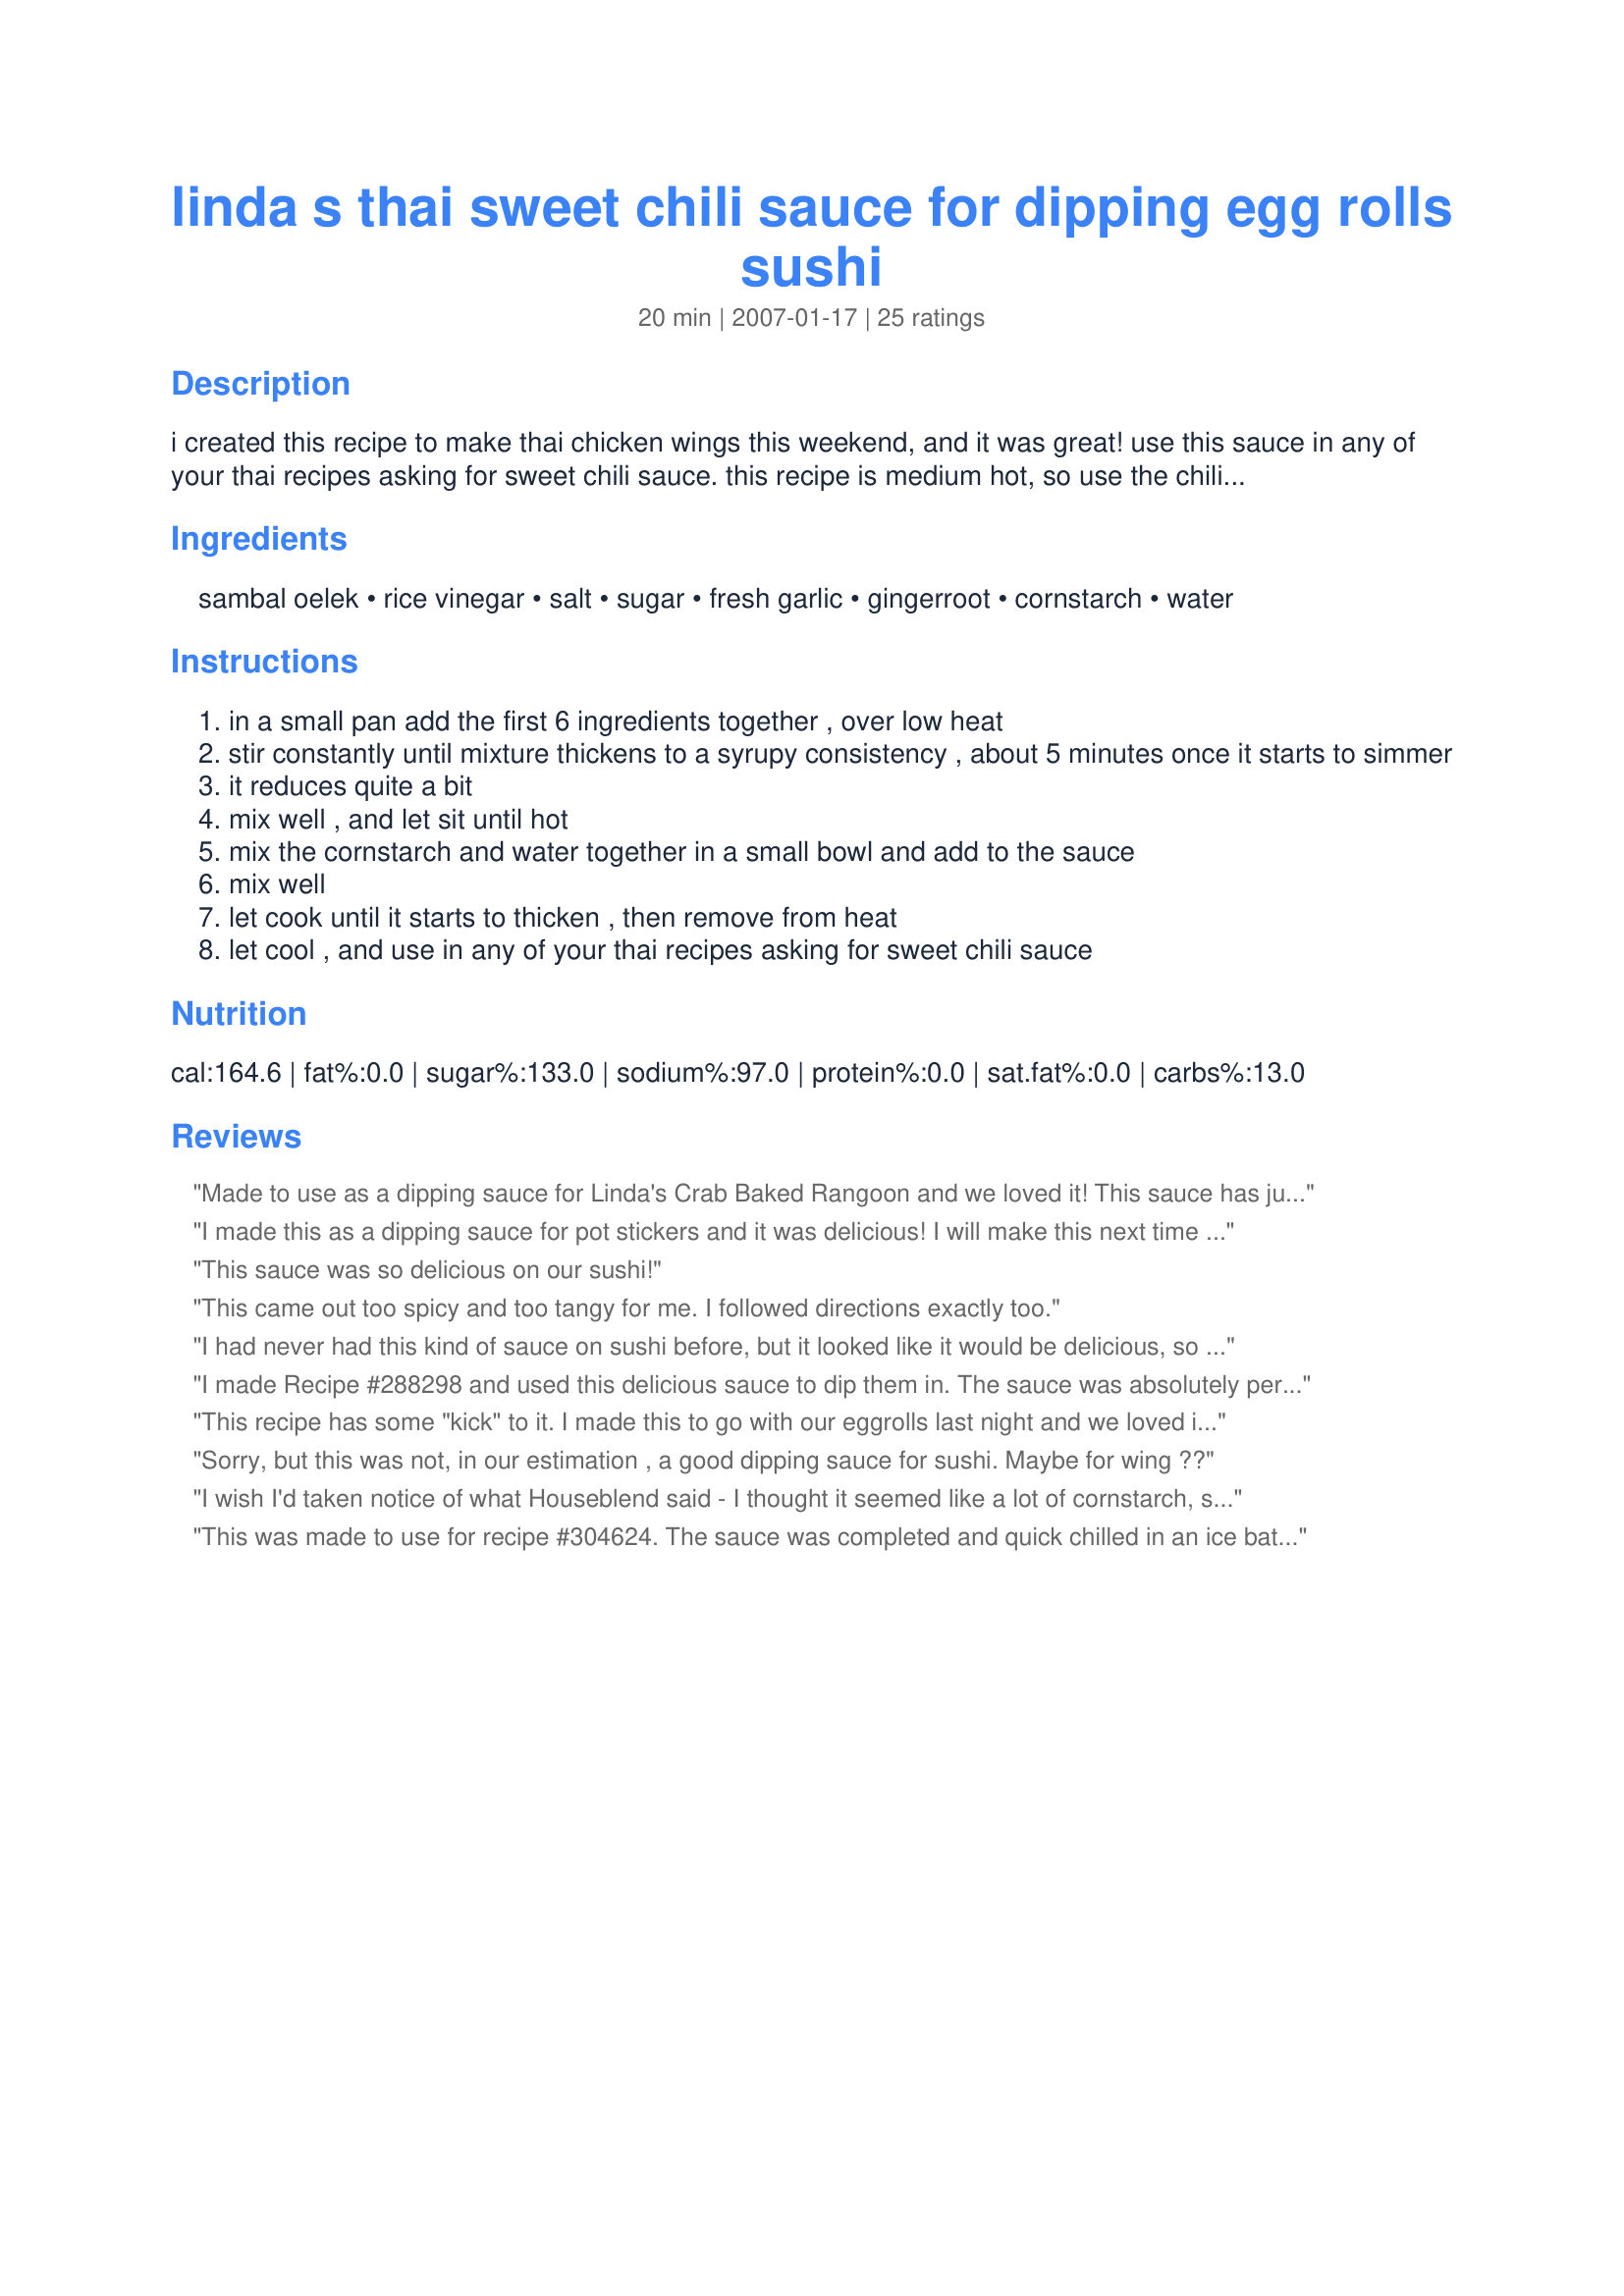
linda s thai sweet chili sauce for dipping egg rolls sushi
Preparation time: 20 minutes

i created this recipe to make thai chicken wings this weekend, and it was great! use this sauce in any of your thai recipes asking for sweet chili sauce. this recipe is medium hot, so use the chilis according to your taste! i also use it on my sushi, egg rolls, and spring rolls, and it is incredible!

Ingredients:
sambal oelek, rice vinegar, salt, sugar, fresh garlic, gingerroot, cornstarch, water

Steps:
in a small pan add the first 6 ingredients together , over low heat
stir constantly until mixture thickens to a syrupy consistency , about 5 minutes once it starts to simmer
it reduces quite a bit
mix well , and let sit until hot
mix the cornstarch and water together in a small bowl and add to the sauce
mix well
let cook until it starts to thicken , then remove from heat
let cool , and use in any of your thai recipes asking for sweet chili sauce

Reviews:
Made to use as a dipping sauce for Linda's Crab Baked Rangoon and we loved it! This sauce has just the right amount of sweet and hot. Such good flavor I think I'm addicted already! I can see using this for lots of things, including a lot of my Chinese and Thai dishes. Excellent! Thank you for this recipe too Linda!
I made this as a dipping sauce for pot stickers and it was delicious! I will make this next time I make wantons and egg rolls. Thanks for sharing!!
This sauce was so delicious on our sushi!
This came out too spicy and too tangy for me. I followed directions exactly too.
I had never had this kind of sauce on sushi before, but it looked like it would be delicious, so I made us up a batch. We loved it! I only used 1 tablespoon of the sambal to suit our tastebuds, but other than that made it the same. I can only imagine how good this would be with Thai or Chinese appetizers. Need I say yum!
I made Recipe #288298 and used this delicious sauce to dip them in. The sauce was absolutely perfect for the shrimp and really tasted great together! I can see using this sauce for all kinds of dishes to enhance the flavor, especially seafood dishes, chicken and pork. Amazing all around Thai sauce!
This recipe has some "kick" to it. I made this to go with our eggrolls last night and we loved it. Its a nice change from the usual sweet and sour. Thank you for sharing with us.
Sorry, but this was not, in our estimation , a good dipping sauce for sushi. Maybe for wing ??
I wish I'd taken notice of what Houseblend said - I thought it seemed like a lot of cornstarch, should have trusted my instinct! It was so thick that it would have been inedible. It was also far too vinegary. I added water and more sugar, and then cooked the taste of the cornstarch out until the sauce was clear - which took about 20 minutes. I've eventually ended up with an ok sauce, but i think i may work out my own recipe next time!
This was made to use for recipe #304624. The sauce was completed and quick chilled in an ice bath. It was perfect. Thanks so much for posting.
Thanks for all these great sushi making recipes Linda. This sweet hot sauce was perfect for our rolls to dip them in. Great taste that we loved!
Excellent sauce. I used it for chicken wings and it was awesome! I cut back a little on the sambal oblek and it was a perfect blend of flavors that we enjoyed very much. I can't wait to try it on sushi!
Amazinnnggggggggggg loved it my daughter graciella loved it ! so good! yummy in my tummy! mhmmmm cant stop wont stop so delicious ;) ;*
I made some Thai Egg Rolls the other night for a snack and was looking for something good to dip them in. I came across this and decided to try it. I am SO glad I did! Delicious sauce flavored with both spice and sweet. Love the combination of both! I can see this sauce being used for many things, and I am going to try it on my sushi next! By the way, your tutorial on sushi making is excellent Linda. I have used it several times now and the end results are great! I have enough sauce left over from making this, so sushi here I come! I bet it will be really good on those tempura shrimp and crab sushi.
Whipped up some of this sauce to go with Recipe #114852. I wanted a couple of different sauces to have with the chicken rolls. Excellent flavors of both sweet and spicy with this sauce! A nice contrast to the other sauce I used. I will use this often in my Thai, Chinese and Japanese recipes, as it's such a nice balance of flavors. A new favorite right here!
I made this along with Mexican Rice and poured it over the Mexican chicken dish I prepared. It is kind of hot and sweet at the same time, which added loads of flavor to the chicken. I will use this sauce often as the flavor is typical to other Thai sauces and so easy to make. I am going to try it next with some Thai Shrimp In A Blanket and on some Crab Rangoon. Yummo!
I made this sauce last night to go with recipe 258664 "Tuna/Swordfish Steaks With Thai Dressing. That recipe called for 1/2 Cup of sweet chili sauce, and I read about this recipe for sweet chili sauce, so I gave it a try. THIS WAS OUTSTANDING! And easy to make! Loved this recipe, thanks!!!
Dh and I love all things Thai and I was looking forward to making one of our favorite condiments at home, but unfortunately this sauce was unedible. Nothing like the little dish that we get with our appy's. First of all, the cornstarch mixture is way too plentiful for the small amount of liquid this makes, so you end up with a chalky tasting sauce. Second, this sauce tasted like a tart vinegar with hot pepper more than a nice balance of sweet, tangy and hot. I had to throw out the sauce as I just couldn't bring myself to serve it with dinner. Will not try again.
This sauce was a great dipping sauce for some egg rolls I whipped up. It was easy to make and I had all the ingredients on hand, as I make lots of spicy dishes at my house. I don't know what happened with the previous poster, but mine was a great combination of sweet and spicy. I just adjusted the sambal to 1 T., as we don't like it real hot. It wasn't too thick at all and looked just like the picture posted. Worked great for me! Thanks!
I used 2T of cornstarch instead of the 3T the recipe called for and it was too much. I think starting with 1T and working your way up is the way to go. I added more water and sugar and it turned out ok. I used it with egg rolls and it was pretty good.
Really liked this sauce. I only made half a recipe but it is spicy and good. Served with egg rolls.
I used this sauce over Jasmine rice and Stir-Fried Veggies. We dipped our Egg Rolls in it too. It was delicious and everyone here loved it! We had along with Recipe #108105. Great combination and one that we will be having often!
I have had this quite a few times now with everything from sushi, to egg rolls, crab rangoon, chicken wings, Thai dishes including on top of rice, Chinese dishes with pork, chicken, beef and shrimp etc. It is very versitile and an excellent condiment to have on hand in the fridge for all kinds of uses. Thanks for sharing it with us Linda!
We now call this Sushi Wonder Sauce, because it was outstanding with our sushi! We only used 1 tablespoons of the sambal, and it was good for us. This will be a staple in our house to use with many Chinese, Japanese or Thai appetizers I prepare, or to have over rice. Love it!
Thank you for sharing.
